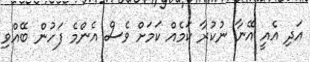
އަދި އެއީ އޭނާ ނުކުރާ ކަމެއް ކަމަށް ވެސް އެންމެ ފަހުން ބޭއްވި